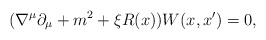
\begin{align*}(\nabla^{\mu}\partial_{\mu}+m^2 +\xi R(x))W(x,x')=0 ,\end{align*}